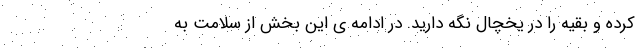
کرده و بقیه را در یخچال نگه دارید. در ادامه ی این بخش از سلامت به